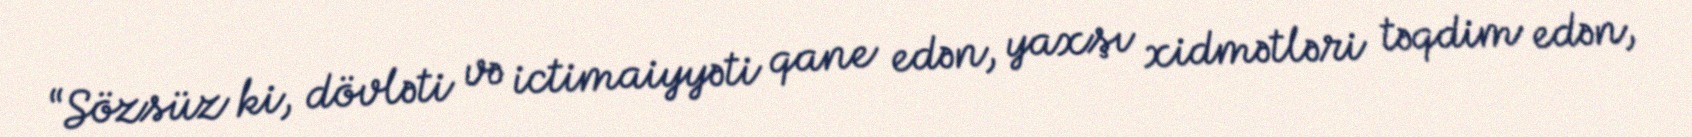
“Sözsüz ki, dövləti və ictimaiyyəti qane edən, yaxşı xidmətləri təqdim edən,